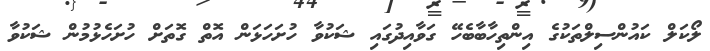
ލޯކަލް ކައުންސިލްތަކުގެ އިންތިހާބާބެހޭ ގަވާއިދުގައި ޝަކުވާ ހުށަހަޅަން އޮތް ގޮތަށް ހުށަހެޅުމުން ޝަކުވާ